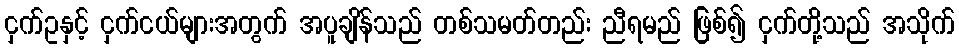
ငှက်ဥနှင့် ငှက်ငယ်များအတွက် အပူချိန်သည် တစ်သမတ်တည်း ညီရမည် ဖြစ်၍ ငှက်တို့သည် အသိုက်